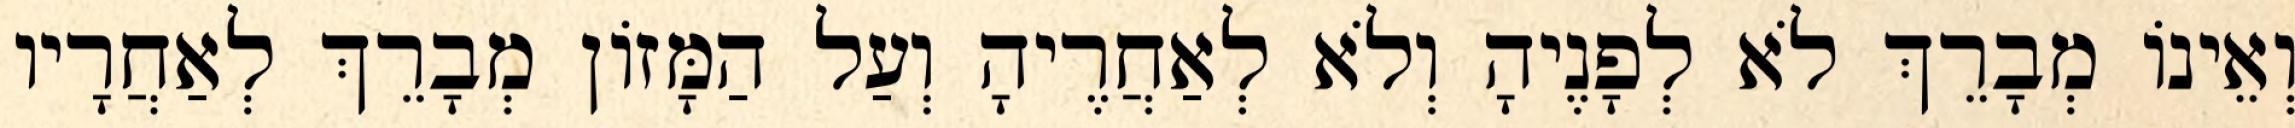
וְאֵינוֹ מְבָרֵךְ לֹא לְפָנֶיהָ וְלֹא לְאַחֲרֶיהָ וְעַל הַמָּזוֹן מְבָרֵךְ לְאַחֲרָיו